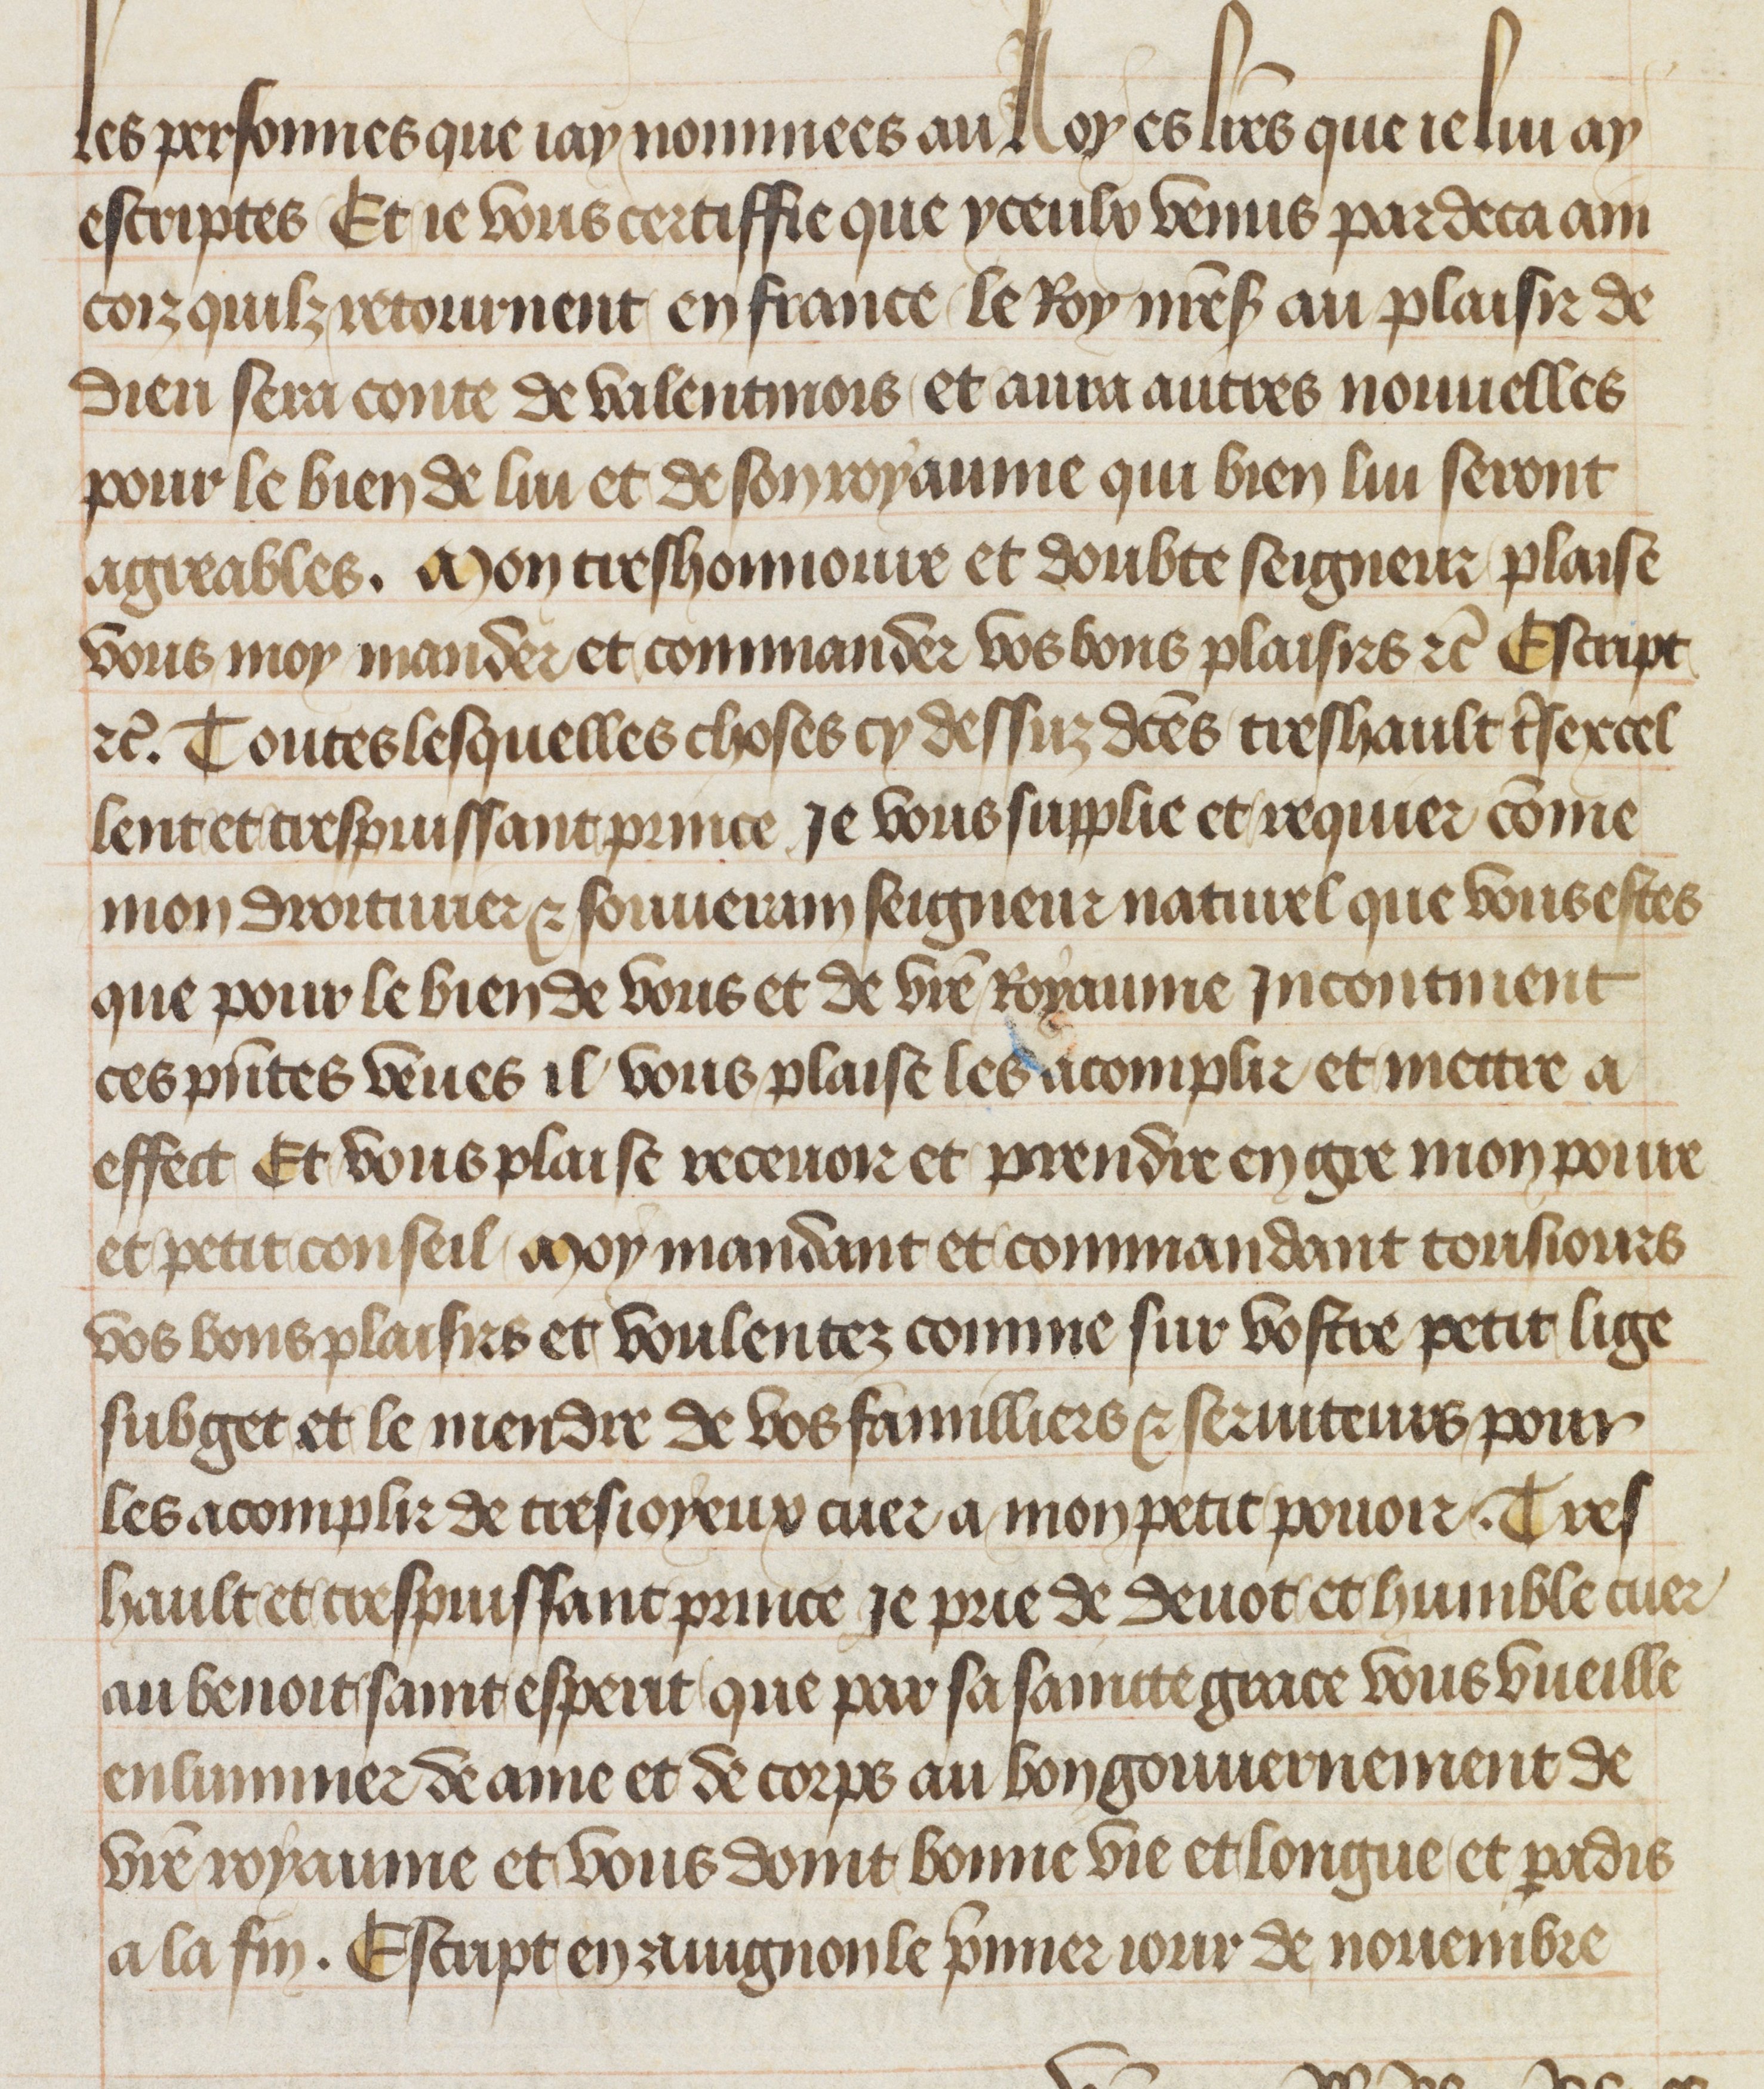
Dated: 1412–1415